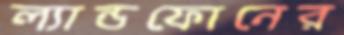
ল্যান্ডফোনের